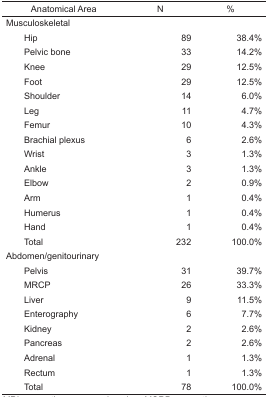
| Anatomical Area | N | % |
 | --- | --- | --- |
 | <COLSPAN=3> Musculoskeletal |
 | Hip | 89 | 38.4% |
 | Pelvic bone | 33 | 14.2% |
 | Knee | 29 | 12.5% |
 | Foot | 29 | 12.5% |
 | Shoulder | 14 | 6.0% |
 | Leg | 11 | 4.7% |
 | Femur | 10 | 4.3% |
 | Brachial plexus | 6 | 2.6% |
 | Wrist | 3 | 1.3% |
 | Ankle | 3 | 1.3% |
 | Elbow | 2 | 0.9% |
 | Arm | 1 | 0.4% |
 | Humerus | 1 | 0.4% |
 | Hand | 1 | 0.4% |
 | Total | 232 | 100.0% |
 | <COLSPAN=3> Abdomen/genitourinary |
 | Pelvis | 31 | 39.7% |
 | MRCP | 26 | 33.3% |
 | Liver | 9 | 11.5% |
 | Enterography | 6 | 7.7% |
 | Kidney | 2 | 2.6% |
 | Pancreas | 2 | 2.6% |
 | Adrenal | 1 | 1.3% |
 | Rectum | 1 | 1.3% |
 | Total | 78 | 100.0% |